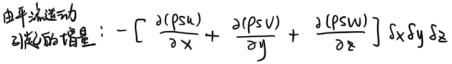
由平流运动

引起的增量：$-\left[\frac{\partial(\rho S u)}{\partial x}+\frac{\partial(\rho S v)}{\partial y}+\frac{\partial(\rho S w)}{\partial z}\right] \delta x \delta y \delta z$